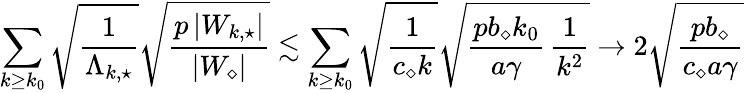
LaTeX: \sum_{k\geq k_{0}}\sqrt{\frac{1}{\Lambda_{k,\star}}}\sqrt{\frac{p\, |W_{k,\star}|}{|W_{\diamond}|}}\lesssim\sum_{k\geq k_{0}}\sqrt{\frac{1}{c_{\diamond}k}}\sqrt{\frac{pb_{\diamond}k_{0}}{a\gamma}\, \frac{1}{k^{2}}}\to 2\sqrt{\frac{pb_{\diamond}}{c_{\diamond}a\gamma}}